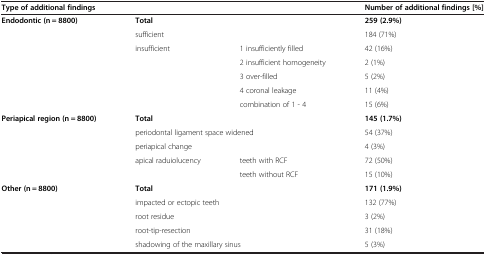
<table><thead><tr><td colspan="3"><b>Type of additional findings</b></td><td><b>Number of additional findings [%]</b></td></tr></thead><tbody><tr><td rowspan="7"><b>Endodontic (n = 8800)</b></td><td colspan="2"><b>Total</b></td><td><b>259 (2.9%)</b></td></tr><tr><td colspan="2">sufficient</td><td>184 (71%)</td></tr><tr><td rowspan="5">insufficient</td><td>1 insufficiently filled</td><td>42 (16%)</td></tr><tr><td>2 insufficient homogeneity</td><td>2 (1%)</td></tr><tr><td>3 over-filled</td><td>5 (2%)</td></tr><tr><td>4 coronal leakage</td><td>11 (4%)</td></tr><tr><td>combination of 1 - 4</td><td>15 (6%)</td></tr><tr><td rowspan="5"><b>Periapical region (n = 8800)</b></td><td colspan="2"><b>Total</b></td><td><b>145 (1.7%)</b></td></tr><tr><td colspan="2">periodontal ligament space widened</td><td>54 (37%)</td></tr><tr><td colspan="2">periapical change</td><td>4 (3%)</td></tr><tr><td rowspan="2">apical raduiolucency</td><td>teeth with RCF</td><td>72 (50%)</td></tr><tr><td>teeth without RCF</td><td>15 (10%)</td></tr><tr><td rowspan="4"><b>Other (n = 8800)</b></td><td colspan="2"><b>Total</b></td><td><b>171 (1.9%)</b></td></tr><tr><td colspan="2">impacted or ectopic teeth</td><td>132 (77%)</td></tr><tr><td colspan="2">root residue</td><td>3 (2%)</td></tr><tr><td colspan="2">root-tip-resection</td><td>31 (18%)</td></tr><tr><td> </td><td colspan="2">shadowing of the maxillary sinus</td><td>5 (3%)</td></tr></tbody></table>